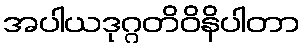
အပါယဒုဂ္ဂတိဝိနိပါတာ